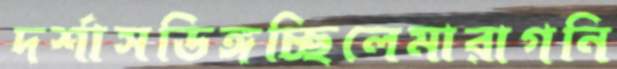
দর্শাসডিঙ্গচ্ছিলেমারাগনি